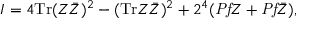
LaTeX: I = 4 \mathrm { T r } ( Z \bar { Z } ) ^ { 2 } - ( \mathrm { T r } Z \bar { Z } ) ^ { 2 } + 2 ^ { 4 } ( { \it P f } Z + { \it P f } \bar { Z } ) ,